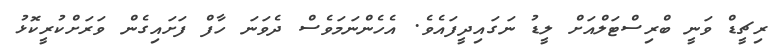
ރިޗީޑް ވަނީ ބްރިސްޓަލްއަށް ލީޑު ނަގައިދީފައެވެ. އެހެންނަމަވެސް ދެވަނަ ހާފް ފަށައިގެން ވަރަށްކުރީކޮޅު